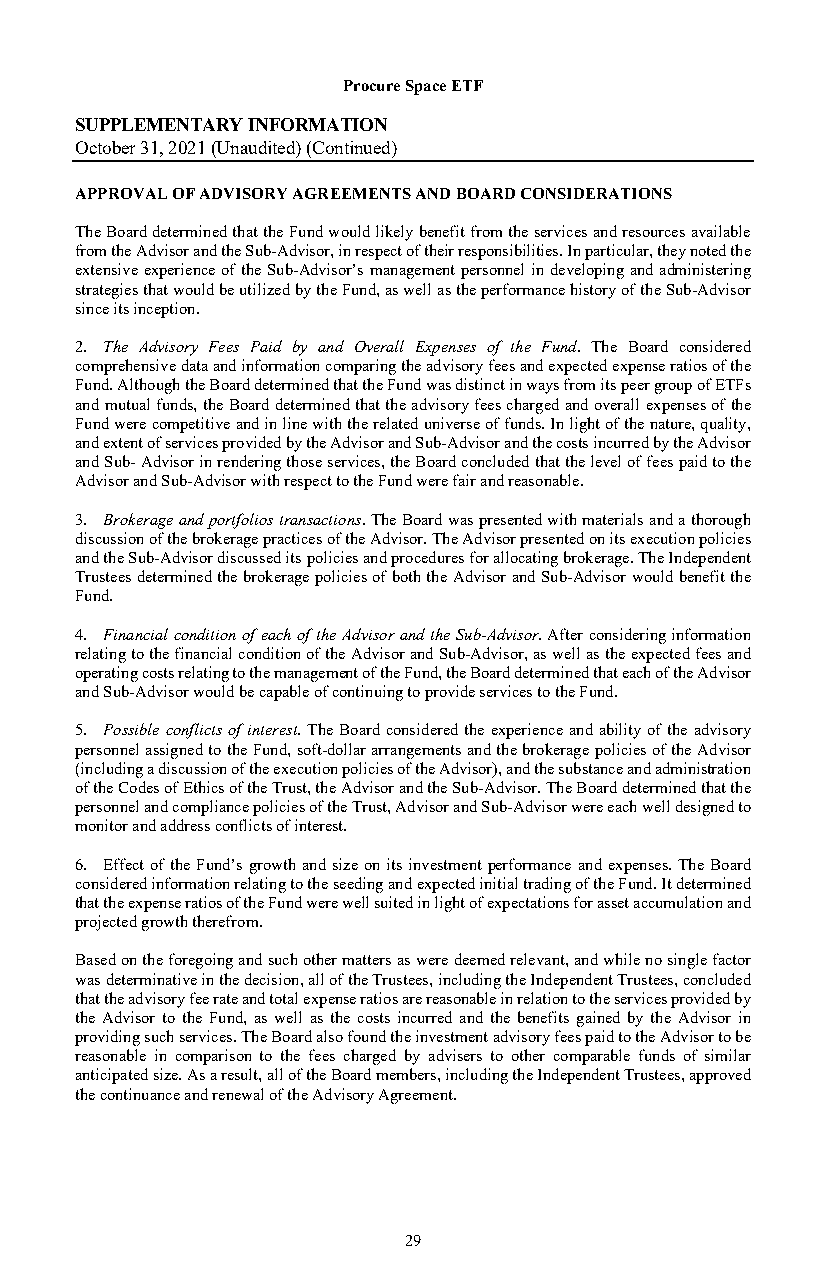
Procure Space ETF
 SUPPLEMENTARY INFORMATION
 October 31, 2021 (Unaudited) (Continued)
 APPROVAL OF ADVISORY AGREEMENTS AND BOARD CONSIDERATIONS
 The Board determined that the Fund would likely benefit from the services and resources available
 from the Advisor and the Sub-Advisor, in respect of their responsibilities. In particular, they noted the
 extensive experience of the Sub-Advisor’s management personnel in developing and administering
 strategies that would be utilized by the Fund, as well as the performance history of the Sub-Advisor
 since its inception.
 2. The Advisory Fees Paid by and Overall Expenses of the Fund. The Board considered
 comprehensive data and information comparing the advisory fees and expected expense ratios of the
 Fund. Although the Board determined that the Fund was distinct in ways from its peer group of ETFs
 and mutual funds, the Board determined that the advisory fees charged and overall expenses of the
 Fund were competitive and in line with the related universe of funds. In light of the nature, quality,
 and extent of services provided by the Advisor and Sub-Advisor and the costs incurred by the Advisor
 and Sub- Advisor in rendering those services, the Board concluded that the level of fees paid to the
 Advisor and Sub-Advisor with respect to the Fund were fair and reasonable.
 3. Brokerage and portfolios transactions. The Board was presented with materials and a thorough
 discussion of the brokerage practices of the Advisor. The Advisor presented on its execution policies
 and the Sub-Advisor discussed its policies and procedures for allocating brokerage. The Independent
 Trustees determined the brokerage policies of both the Advisor and Sub-Advisor would benefit the
 Fund.
 4. Financial condition of each of the Advisor and the Sub-Advisor. After considering information
 relating to the financial condition of the Advisor and Sub-Advisor, as well as the expected fees and
 operating costs relating to the management of the Fund, the Board determined that each of the Advisor
 and Sub-Advisor would be capable of continuing to provide services to the Fund.
 5. Possible conflicts of interest. The Board considered the experience and ability of the advisory
 personnel assigned to the Fund, soft-dollar arrangements and the brokerage policies of the Advisor
 (including a discussion of the execution policies of the Advisor), and the substance and administration
 of the Codes of Ethics of the Trust, the Advisor and the Sub-Advisor. The Board determined that the
 personnel and compliance policies of the Trust, Advisor and Sub-Advisor were each well designed to
 monitor and address conflicts of interest.
 6. Effect of the Fund’s growth and size on its investment performance and expenses. The Board
 considered information relating to the seeding and expected initial trading of the Fund. It determined
 that the expense ratios of the Fund were well suited in light of expectations for asset accumulation and
 projected growth therefrom.
 Based on the foregoing and such other matters as were deemed relevant, and while no single factor
 was determinative in the decision, all of the Trustees, including the Independent Trustees, concluded
 that the advisory fee rate and total expense ratios are reasonable in relation to the services provided by
 the Advisor to the Fund, as well as the costs incurred and the benefits gained by the Advisor in
 providing such services. The Board also found the investment advisory fees paid to the Advisor to be
 reasonable in comparison to the fees charged by advisers to other comparable funds of similar
 anticipated size. As a result, all of the Board members, including the Independent Trustees, approved
 the continuance and renewal of the Advisory Agreement.
 29